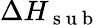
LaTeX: \Delta H_{\mathrm{~s~u~b~}}